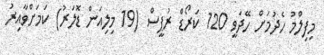
މިފިލްމު ހެދުމަށް ހޭދަވީ 120 ކަރޯޑް ރުޕީސް (19 މިލިއަން ޑޮލަރު) ކަމަށްވާއިރު